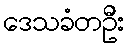
ဒေသခံတဦး